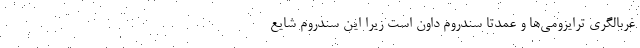
غربالگری ترایزومی‌ها و عمدتاً سندروم داون است زیرا این سندروم شایع